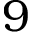
9